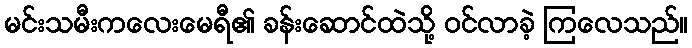
မင်းသမီးကလေးမေရီ၏ ခန်းဆောင်ထဲသို့ ဝင်လာခဲ့ ကြလေသည်။